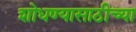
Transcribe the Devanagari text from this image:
शोधण्यासाठीच्या